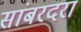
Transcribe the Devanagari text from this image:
सांबरदरा